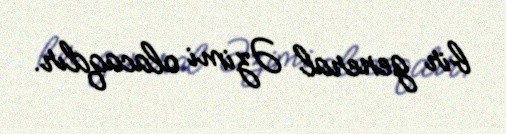
bir general Əzimi olacaqdır.